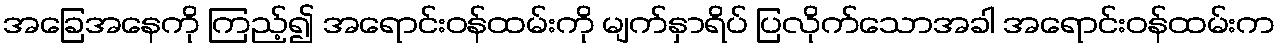
အခြေအနေကို ကြည့်၍ အရောင်းဝန်ထမ်းကို မျက်နှာရိပ် ပြလိုက်သောအခါ အရောင်းဝန်ထမ်းက